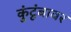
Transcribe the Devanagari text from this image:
कुंटूंबावर